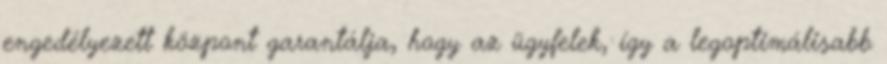
engedélyezett központ garantálja, hogy az ügyfelek, így a legoptimálisabb